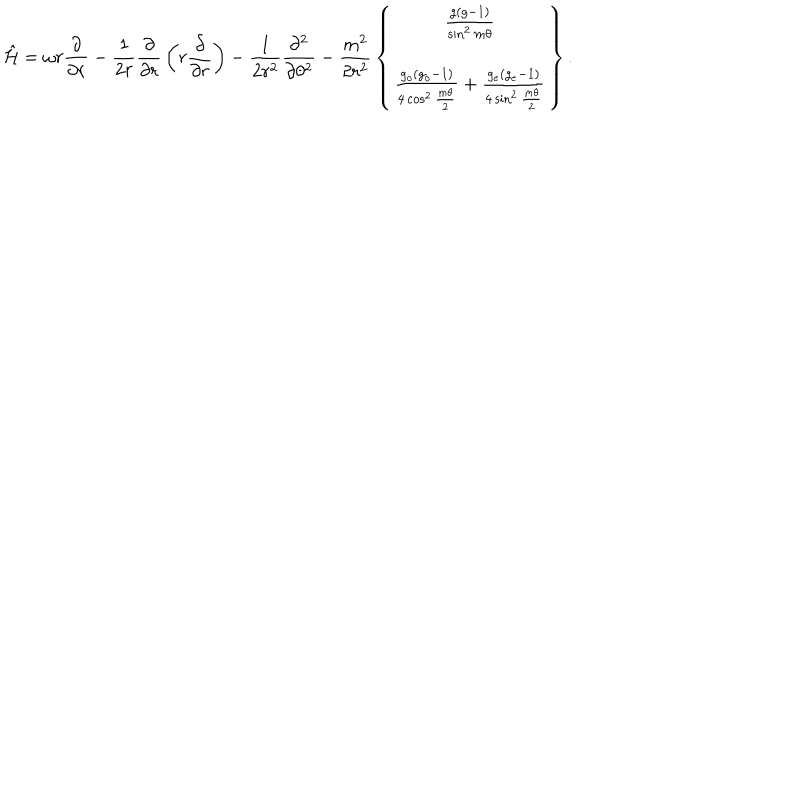
LaTeX: \hat { \cal H } = \omega r { \frac { \partial } { \partial r } } - { \frac { 1 } { 2 r } } { \frac { \partial } { \partial r } } \left( r { \frac { \partial } { \partial r } } \right) - { \frac { 1 } { 2 r ^ { 2 } } } { \frac { \partial ^ { 2 } } { \partial \theta ^ { 2 } } } - { \frac { m ^ { 2 } } { 2 r ^ { 2 } } } \left\{ \begin{array} { c } { { { \frac { g ( g - 1 ) } { \sin ^ { 2 } m \theta } } } } \\ { { { \frac { g _ { o } ( g _ { o } - 1 ) } { 4 \cos ^ { 2 } { \frac { m \theta } { 2 } } } } + { \frac { g _ { e } ( g _ { e } - 1 ) } { 4 \sin ^ { 2 } { \frac { m \theta } { 2 } } } } } } \\ \end{array} \right\} .